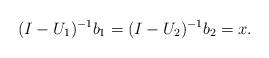
LaTeX: \begin{align*}(I-U_1)^{-1}b_1= (I-U_2)^{-1}b_2=x \mbox{.}\end{align*}